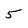
Character: 5